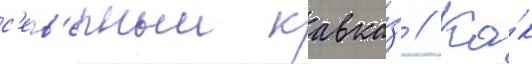
с'ев'ерныи кавка́з // Ка́к